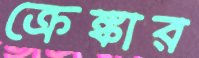
ক্রেঙ্কার